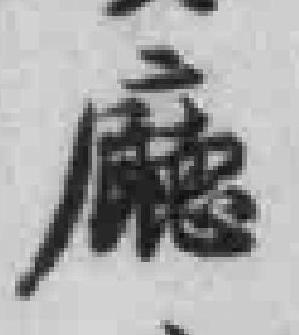
廳